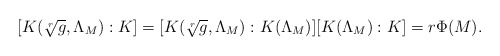
\begin{align*}[K(\sqrt[r]{g}, \Lambda_M) : K] = [K(\sqrt[r]{g}, \Lambda_M) : K(\Lambda_M)][K(\Lambda_M) : K] = r\Phi(M).\end{align*}